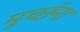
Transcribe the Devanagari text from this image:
मूर्च्छना